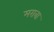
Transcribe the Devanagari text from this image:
मरावा